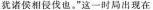
犹诸侯相侵伐也。”这一时局出现在